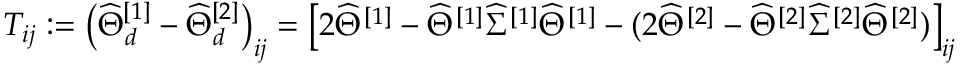
\begin{array} { r } { T _ { i j } : = \left( \widehat { { \Theta } } _ { d } ^ { [ 1 ] } - \widehat { { \Theta } } _ { d } ^ { [ 2 ] } \right) _ { i j } = \left[ 2 \widehat { \Theta } ^ { [ 1 ] } - \widehat { \Theta } ^ { [ 1 ] } \widehat { \Sigma } ^ { [ 1 ] } \widehat { \Theta } ^ { [ 1 ] } - ( 2 \widehat { \Theta } ^ { [ 2 ] } - \widehat { \Theta } ^ { [ 2 ] } \widehat { \Sigma } ^ { [ 2 ] } \widehat { \Theta } ^ { [ 2 ] } ) \right] _ { i j } } \end{array}